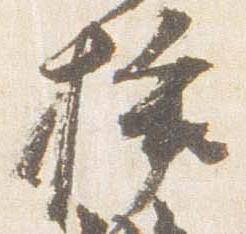
挿